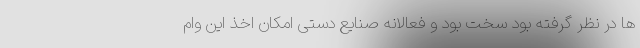
ها در نظر گرفته بود سخت بود و فعالانه صنایع دستی امکان اخذ این وام